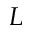
L